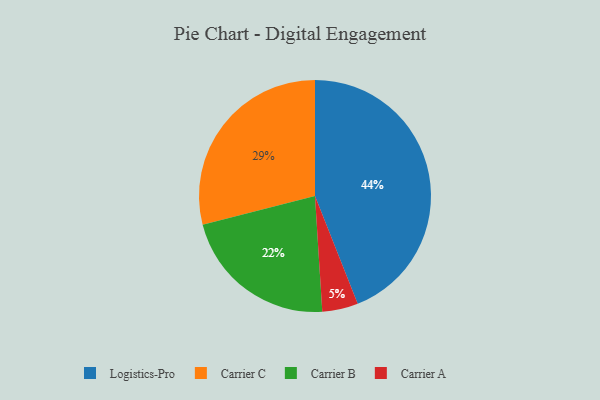
{"axis": {"x": "Category", "y": "Percentage"}, "legend": ["Carrier A", "Carrier B", "Carrier C", "Logistics-Pro"], "data": [{"x": "Carrier A", "y": 5, "type": "Carrier A"}, {"x": "Logistics-Pro", "y": 44, "type": "Logistics-Pro"}, {"x": "Carrier C", "y": 29, "type": "Carrier C"}, {"x": "Carrier B", "y": 22, "type": "Carrier B"}]}